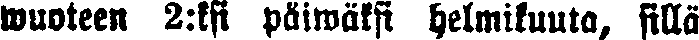
wuoteen 2:ksi päiwäksi helmikuuta, sillä